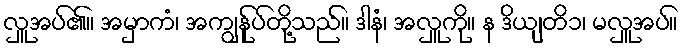
လှူအပ်၏။ အမှာကံ၊ အကျွန်ုပ်တို့သည်။ ဒါနံ၊ အလှူကို။ န ဒိယျတိ၁၊ မလှူအပ်။